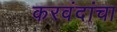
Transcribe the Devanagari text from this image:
करवंदांचा